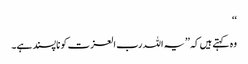
‘‘
وہ کہتے ہیں کہ ’’یہ اللہ رب العزت کو ناپسند ہے۔